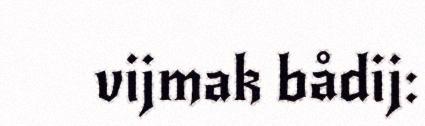
vijmak bådij: